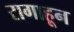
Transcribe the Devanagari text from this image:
रागाहून